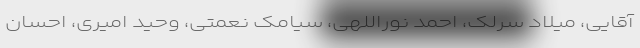
آقایی، میلاد سرلک، احمد نوراللهی، سیامک نعمتی، وحید امیری، احسان